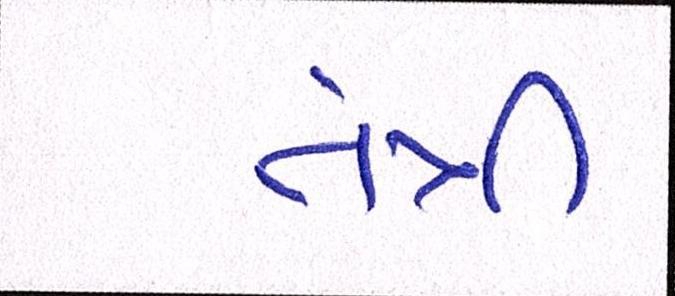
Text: તંત્રી